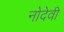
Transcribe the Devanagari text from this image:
नोदेवी